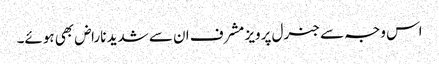
اس وجہ سے جنرل پرویز مشرف ان سے شدید ناراض بھی ہوئے۔